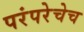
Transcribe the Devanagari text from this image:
परंपरेचेच